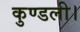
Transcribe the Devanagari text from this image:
कुण्डली।